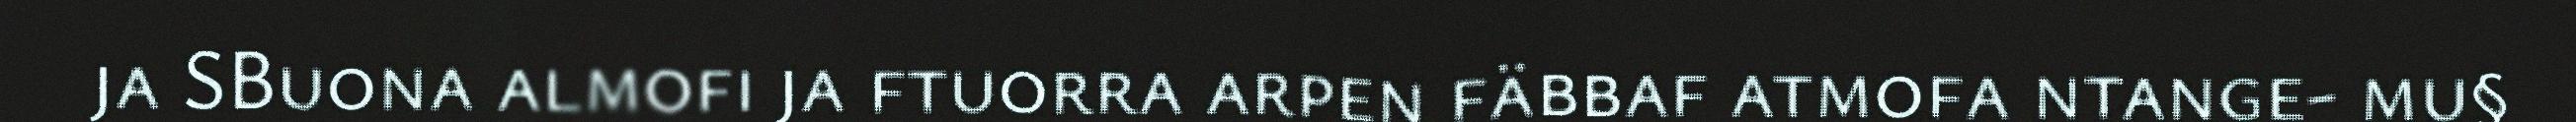
ja SBuona almofi ja ftuorra arpen fäbbaf atmofa ntange- mu§